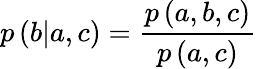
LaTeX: p\left(b|a,c\right)=\frac{p\left(a,b,c\right)}{p\left(a,c\right)}